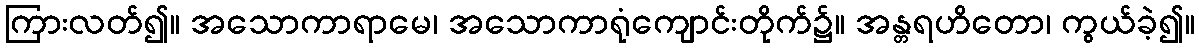
ကြားလတ်၍။ အသောကာရာမေ၊ အသောကာရုံကျောင်းတိုက်၌။ အန္တရဟိတော၊ ကွယ်ခဲ့၍။